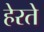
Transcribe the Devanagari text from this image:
हेरते